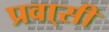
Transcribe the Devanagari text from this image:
प्रवा्सी